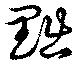
黜